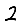
Digit: 2